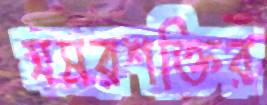
সমরশক্তির